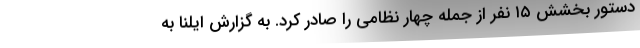
دستور بخشش ۱۵ نفر از جمله چهار نظامی را صادر کرد. به گزارش ایلنا به